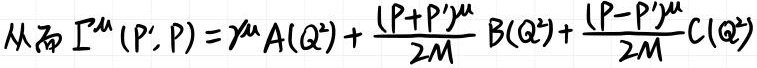
$\text{从}\ \ \Gamma^{\mu}(P',P)=\gamma^{\mu}A(Q^{2})+\frac{(P + P')^{\mu}}{2M}B(Q^{2})+\frac{(P - P')^{\mu}}{2M}C(Q^{2})$